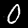
Digit: 0